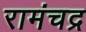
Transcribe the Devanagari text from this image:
रामंचद्र